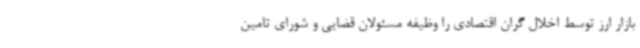
بازار ارز توسط اخلال گران اقتصادی را وظیفه مسئولان قضایی و شورای تامین